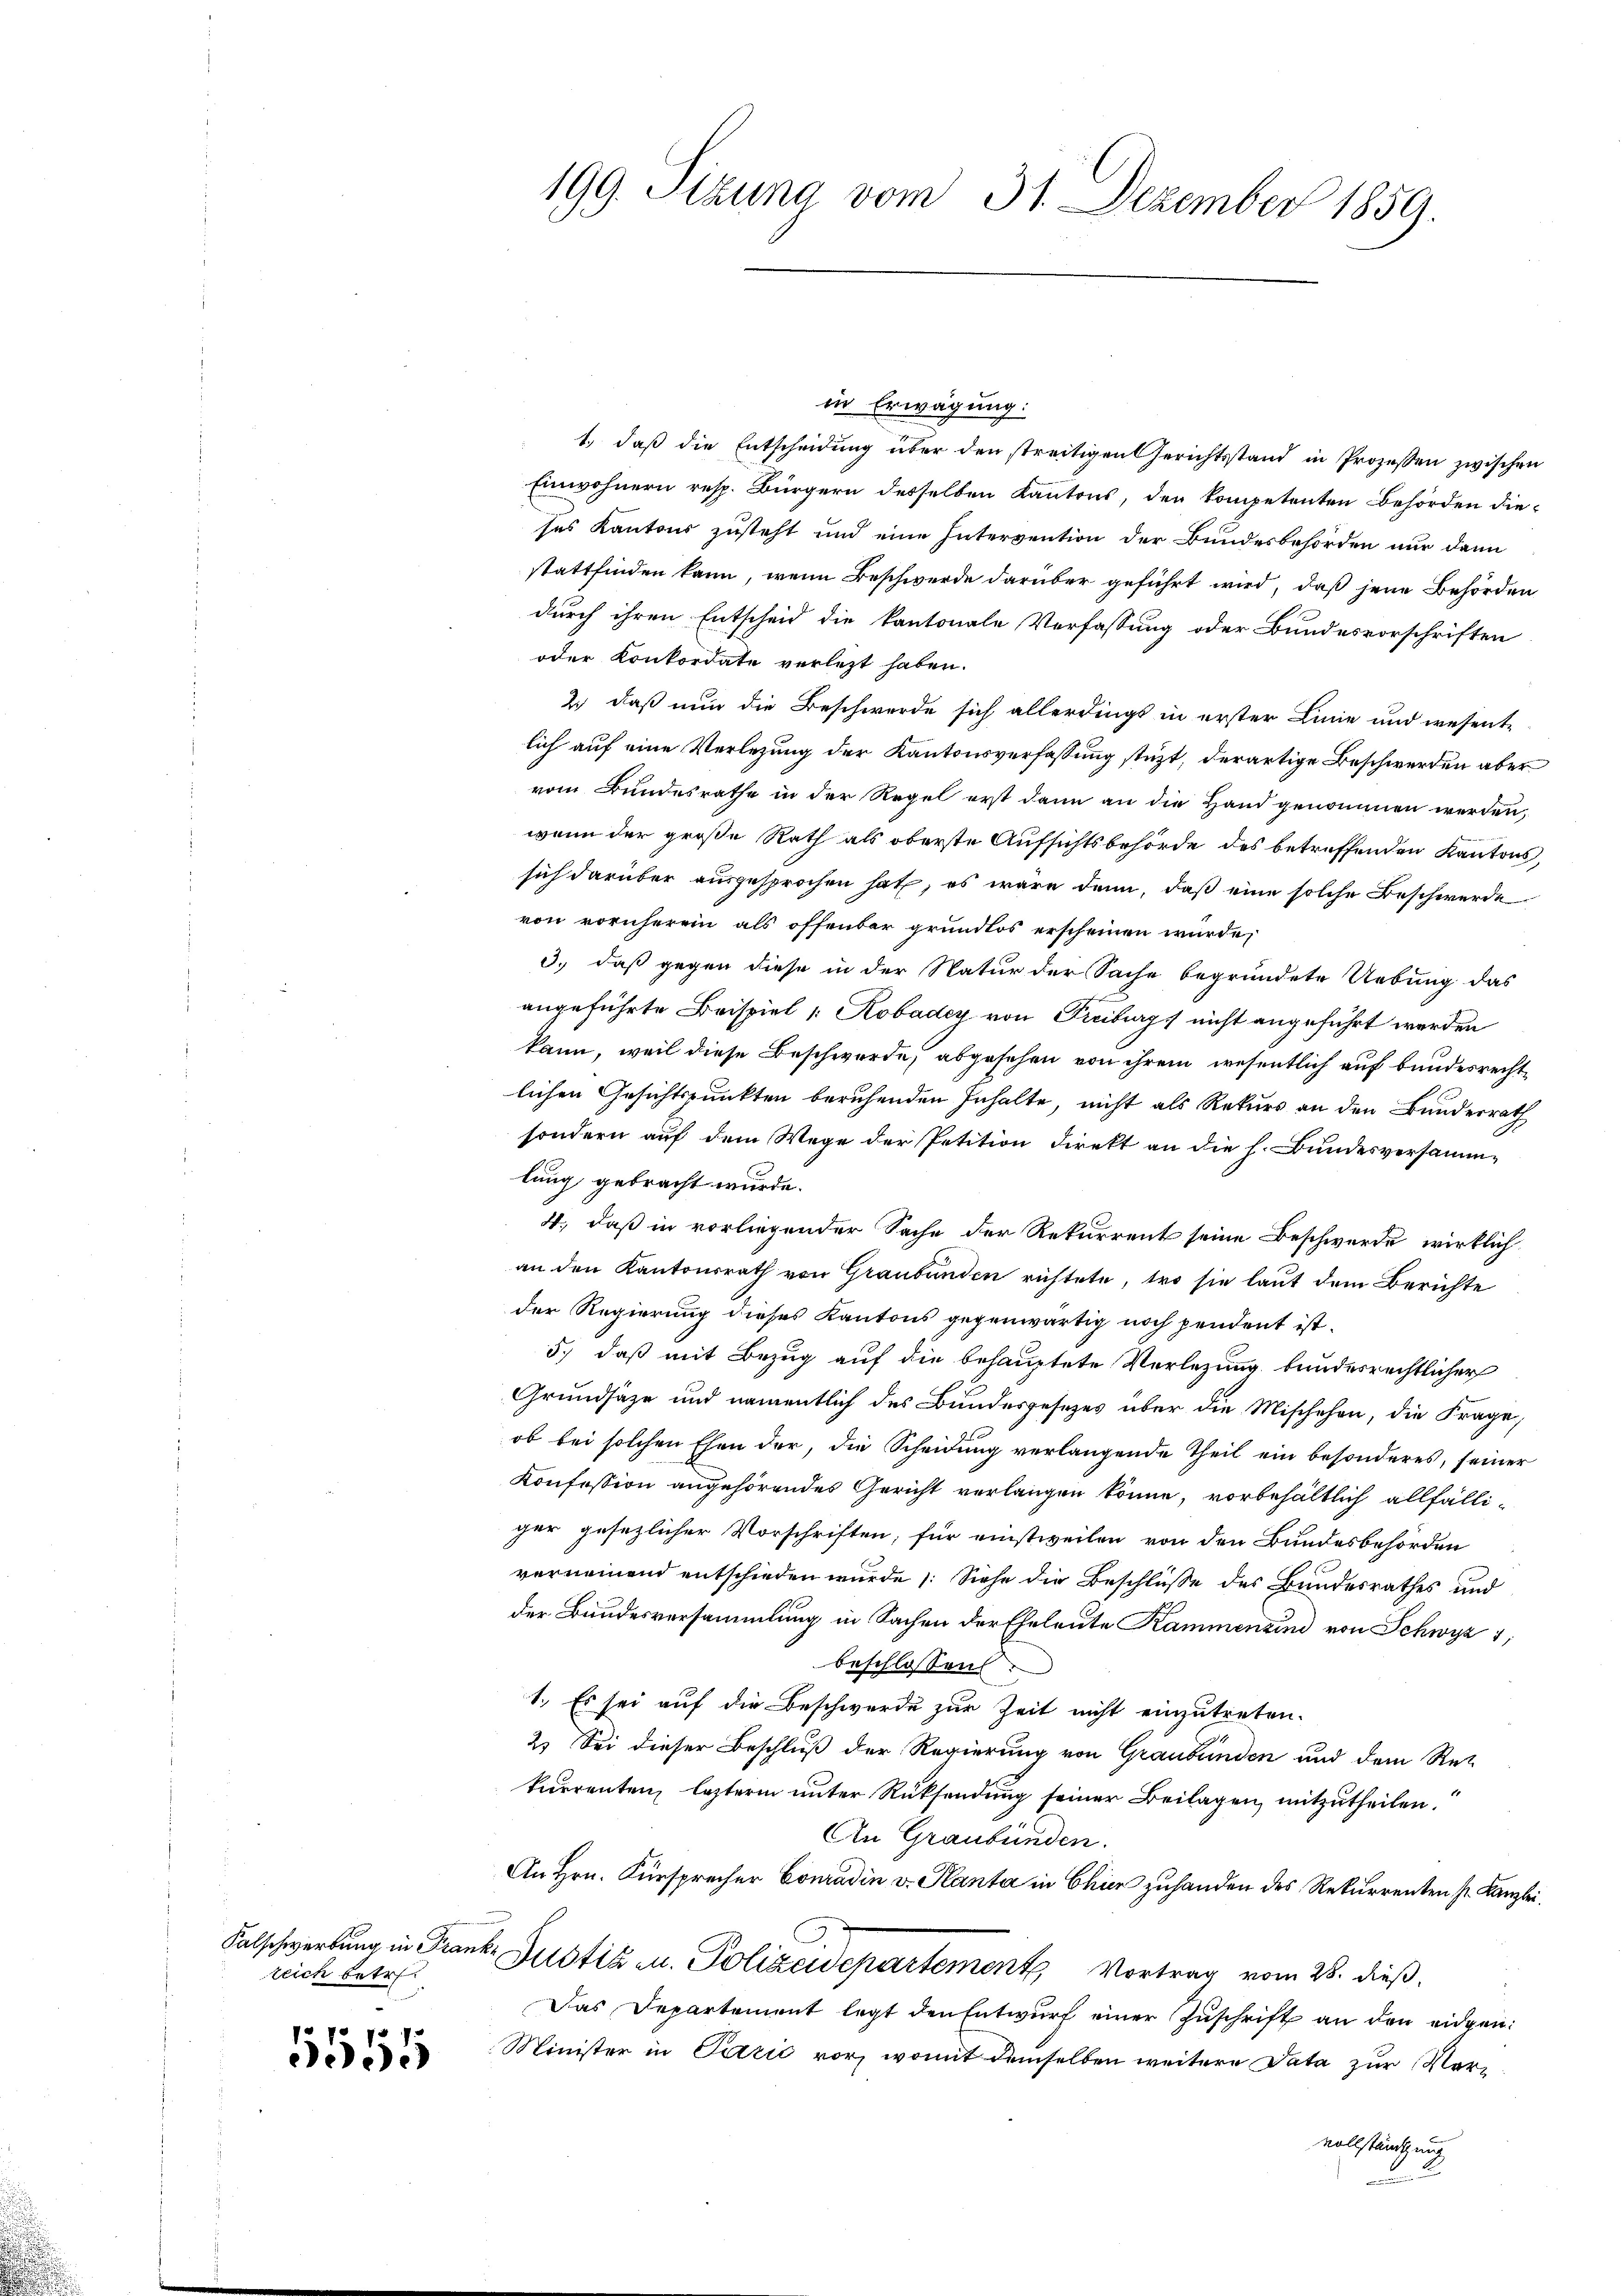
zeich betr.

fe pr 75 f
e).

199. Sizung vom 31. Dezember 1859.

in Erwägung:
1.) daß die Entscheidung über den streitigen Gerichtsstand in Prozessen zwischen
Einwohnern resp. Bürgern desselben Kantons, den kompetenten Behörden dieses Kantons zusteht und eine Intervention der Bundesbehörden nur dann
stattfinden kann, wenn Beschwerde darüber geführt wird, daß jene Behörden
durch ihren Entscheid die kantonale Verfassung oder Bundesvorschriften
oder Konkordate verletzt haben.
2.) daß nun die Beschwerde sich allerdings in erster Linie und wesent-
lich auf eine Verletzung der Kantonsverfassung stüzt, derartige Beschwerden aber
vom Bundesrathe in der Regel erst dann an die Hand genommen werden,
wenn der große Rath als oberste Aufsichtsbehörde des betreffenden Kantons,
sich darüber ausgesprochen hat; es wäre dann, daß eine solche Beschwerde
von vornherein als offenbar grundlos erscheinen würde,
3.) daß gegen diese in der Natur der Sache begründete Uebung das
angeführte Beispiel /: Kobadey von Freiburgs nicht angeführt werden
kann, weil diese Beschwerde, abgesehen von ihrem wesentlich auf bundesrechtlichen Gesichtspunkten beruhenden Inhalte, nicht als Rekurs an den Bundesrath
sondern auf dem Wege der Petition direkt an die h. Bundesversammlung gebracht wurde.
4., daß in vorliegender Sache der Rekurrent seine Beschwerde wirklich
an den Kantonsrath von Graubünden richtete, tro sie laut dem Berichte
der Regierung dieses Kantons gegenwärtig noch pendent ist.
5.) daß mit Bezug auf die behauptete Verlegung bundesrechtlicher
Grundsätze und namentlich des Bundesgesezes über die Mischehen, die Frage,
ob bei solchen Ehen der, die Scheidung verlangende Theil ein besonderes, seiner
Konfession angehörendes Gericht verlangen könne, vorbehältlich allfälliger gesezlicher Vorschriften, für einstweilen von den Bundesbehörden
verneinend entschieden wurde (Siehe die Beschlüße des Bundesrathes und
der Bandesversammlung in Sachen der Eheleute Kammenzind von Schwyz 1;
beschlossen
1.) Es sei auf die Beschwerde zur Zeit nicht einzutreten.
2. Sei dieser Beschluß der Regierung von Graubünden und dem Ret
kurrenten, lezterm unter Rücksendung seiner Beilagen, mitzutheilen.
An Graubünden.
An Hrn. Fürsprecher Conradin v. Planta in Chier zuhanden des Rekurrenten s. Kanzlei.
Salschwertung in Franke Justiz u. Polizeidepartement Vortrag vom 28. dieß,
Das Departement legt den Entwurf einer Zuschrift an den eidgen.
Minister in Pazić vor, womit demselben weitere Data zur Vorvollständigung